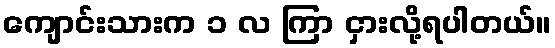
ကျောင်းသားက ၁ လ ကြာ ငှားလို့ရပါတယ်။